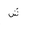
Letter: _shin